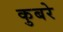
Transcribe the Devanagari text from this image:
कुबरे